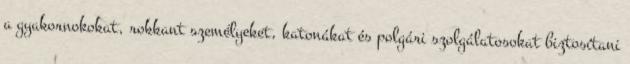
a gyakornokokat, rokkant személyeket, katonákat és polgári szolgálatosokat biztosítani